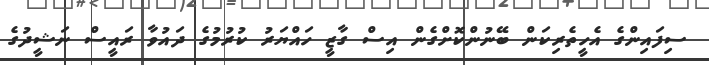
ސިފައިންގެ އެހީތެރިކަން ބޭނުންކޮށްގެން އިސް ގާޒީ ހައްޔަރު ކުރުމުގެ ދައުވާ ރައީސް ނަޝީދުގެ